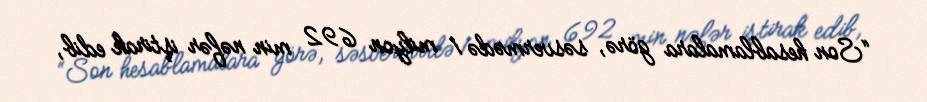
“Son hesablamalara görə, səsvermədə 1 milyon 692 min nəfər iştirak edib,